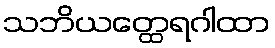
သဘိယတ္ထေရဂါထာ